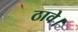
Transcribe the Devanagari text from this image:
ठावे।